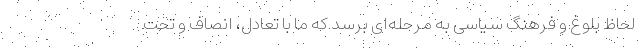
لحاظ بلوغ و فرهنگ سیاسی به مرحله‌ای برسد که ما با تعادل، انصاف و تحت